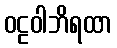
ဝဠဝါဘိရထာ